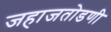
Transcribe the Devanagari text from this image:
जहाजतोडणी